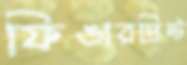
ফিঙারপ্রিন্ট